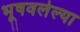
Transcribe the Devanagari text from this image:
भूषवलेल्या